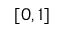
[ 0 , 1 ]